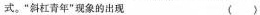
式。”斜杠青年”现象的出现 ( )